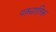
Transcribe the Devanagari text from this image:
पाश्चातिक